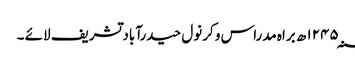
۱۲۴۵؁ ھ براہ مدراس و کرنول حیدرآباد تشریف لائے ۔